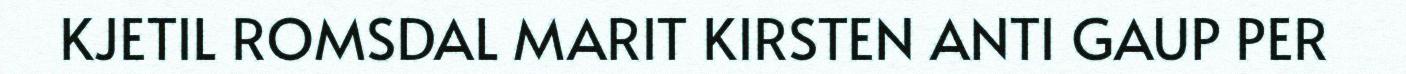
KJETIL ROMSDAL MARIT KIRSTEN ANTI GAUP PER